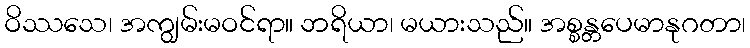
ဝိဿသေ၊ အကျွမ်းမဝင်ရာ။ ဘရိယာ၊ မယားသည်။ အစ္စန္တပေမာနုဂတာ၊